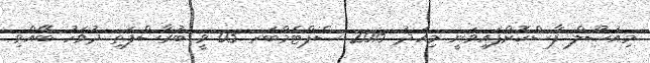
މިއުޞޫލް ފާސްކޮށްފައިވަނީ މިއަދު 2015 ސެޕްޓެމްބަރ 03 ވީ ބުރާސްފަތި ދުވަހު ބޭއްވި